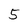
Character: 5